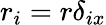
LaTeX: r_{i}=r\delta_{ix}